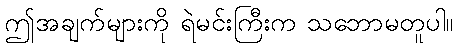
ဤအချက်များကို ရဲမင်းကြီးက သဘောမတူပါ။